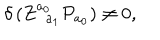
LaTeX: \delta \left( Z _ { \; \; a _ { 1 } } ^ { a _ { 0 } } { \cal P } _ { a _ { 0 } } \right) \neq 0 ,